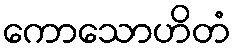
ကောသောဟိတံ